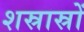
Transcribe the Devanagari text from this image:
शस्रास्रों